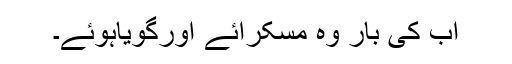
اب کی بار وہ مسکرائے اورگویاہوئے۔